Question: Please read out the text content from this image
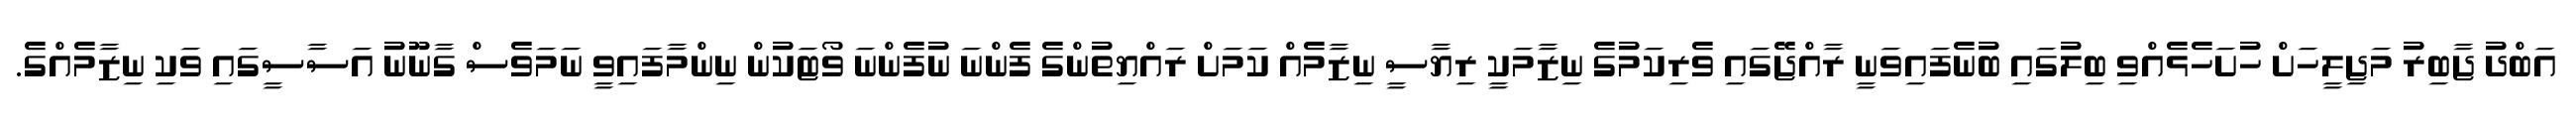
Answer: އަބްދު ޖާބިރު މަޖިލީހަށް ހުށަހެޅެއްވި ބިލުގައި ބުނެފައިވަނީ ރާއްޖޭގައި ވެރިކަމުގެ ނިޒާމަކީ ރިޔާސީ ނިޒާމެއް ކަމަށް ރައްޔިތުންގެ ފެންނަ ނުފެންނަ ވޯޓަކުން ނިންމާފައިވީ ނަމަވެސް ގާނޫނު އަސާސީގައި ވަކި ނިޒާމެއްގެ.